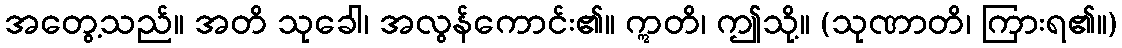
အတွေ့သည်။ အတိ သုခေါ၊ အလွန်ကောင်း၏။ ဣတိ၊ ဤသို့။ (သုဏာတိ၊ ကြားရ၏။)